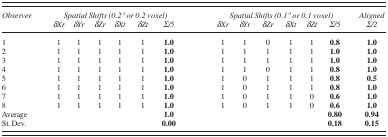
<table><thead><tr><td><b><i>Observer</i></b></td><td colspan="6"><b><i>Spatial Shifts (0.2° or 0.2 voxel)</i></b></td><td colspan="6"><b><i>Spatial Shifts (0.1° or 0.1 voxel)</i></b></td><td><b><i>Aligned</i></b></td></tr><tr><td></td><td><b><i>δXr</i></b></td><td><b><i>δYr</i></b></td><td><b><i>δZr</i></b></td><td><b><i>δXt</i></b></td><td><b><i>δZt</i></b></td><td><b><i>Σ/5</i></b></td><td><b><i>δXr</i></b></td><td><b><i>δYr</i></b></td><td><b><i>δZr</i></b></td><td><b><i>δXt</i></b></td><td><b><i>δZt</i></b></td><td><b><i>Σ/5</i></b></td><td><b><i>Σ/2</i></b></td></tr></thead><tbody><tr><td>1</td><td>1</td><td>1</td><td>1</td><td>1</td><td>1</td><td><b>1.0</b></td><td>1</td><td>1</td><td>0</td><td>1</td><td>1</td><td><b>0.8</b></td><td><b>1.0</b></td></tr><tr><td>2</td><td>1</td><td>1</td><td>1</td><td>1</td><td>1</td><td><b>1.0</b></td><td>1</td><td>1</td><td>1</td><td>1</td><td>1</td><td><b>1.0</b></td><td><b>1.0</b></td></tr><tr><td>3</td><td>1</td><td>1</td><td>1</td><td>1</td><td>1</td><td><b>1.0</b></td><td>1</td><td>1</td><td>1</td><td>1</td><td>1</td><td><b>1.0</b></td><td><b>1.0</b></td></tr><tr><td>4</td><td>1</td><td>1</td><td>1</td><td>1</td><td>1</td><td><b>1.0</b></td><td>1</td><td>1</td><td>0</td><td>1</td><td>1</td><td><b>0.8</b></td><td><b>1.0</b></td></tr><tr><td>5</td><td>1</td><td>1</td><td>1</td><td>1</td><td>1</td><td><b>1.0</b></td><td>1</td><td>0</td><td>1</td><td>1</td><td>1</td><td><b>0.8</b></td><td><b>0.5</b></td></tr><tr><td>6</td><td>1</td><td>1</td><td>1</td><td>1</td><td>1</td><td><b>1.0</b></td><td>1</td><td>0</td><td>1</td><td>1</td><td>1</td><td><b>0.8</b></td><td><b>1.0</b></td></tr><tr><td>7</td><td>1</td><td>1</td><td>1</td><td>1</td><td>1</td><td><b>1.0</b></td><td>1</td><td>0</td><td>1</td><td>1</td><td>0</td><td><b>0.6</b></td><td><b>1.0</b></td></tr><tr><td>8</td><td>1</td><td>1</td><td>1</td><td>1</td><td>1</td><td><b>1.0</b></td><td>1</td><td>0</td><td>1</td><td>1</td><td>0</td><td><b>0.6</b></td><td><b>1.0</b></td></tr><tr><td>Average</td><td></td><td></td><td></td><td></td><td></td><td><b>1.0</b></td><td></td><td></td><td></td><td></td><td></td><td><b>0.80</b></td><td><b>0.94</b></td></tr><tr><td>St. Dev.</td><td></td><td></td><td></td><td></td><td></td><td><b>0.00</b></td><td></td><td></td><td></td><td></td><td></td><td><b>0.18</b></td><td><b>0.15</b></td></tr></tbody></table>